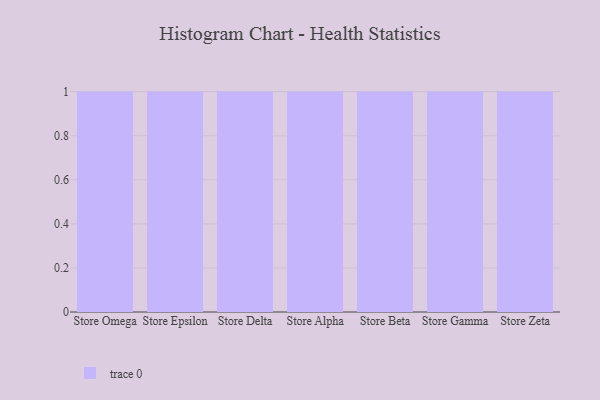
{"axis": {"x": "Store", "y": "Humidity (%)"}, "legend": [""], "data": [{"x": "Store Omega", "y": 43, "type": ""}, {"x": "Store Epsilon", "y": 49, "type": ""}, {"x": "Store Delta", "y": 80, "type": ""}, {"x": "Store Alpha", "y": 44, "type": ""}, {"x": "Store Beta", "y": 45, "type": ""}, {"x": "Store Gamma", "y": 63, "type": ""}, {"x": "Store Zeta", "y": 12, "type": ""}]}